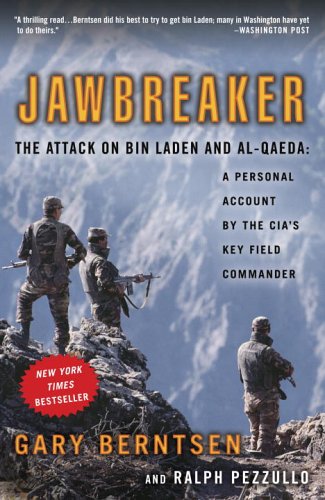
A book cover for Jawbreaker: The Attack on Bin Laden and Al-Qaeda: A Personal Account by the CIA's Key Field Commander; Gary Berntsen; Biographies & Memoirs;